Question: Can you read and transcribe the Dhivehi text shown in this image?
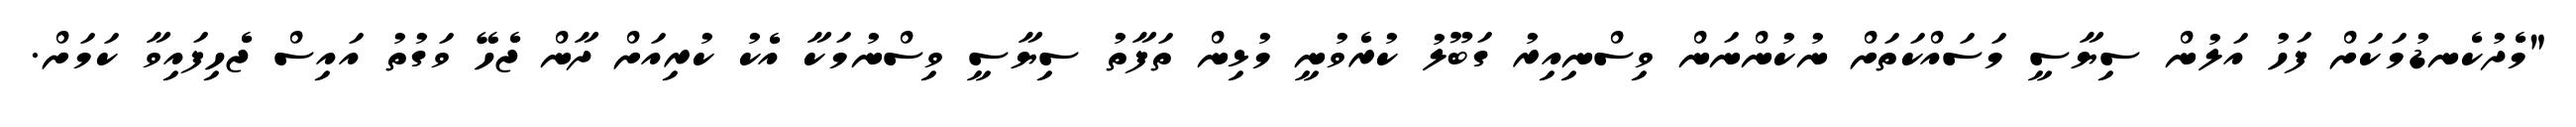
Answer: "މެދުކެނޑުމަކަށް ފަހު އަލުން ސިޔާސީ މަސައްކަތަށް ނުކުންނަން ވިސްނިއިރު ގަބޫލު ކުރެވުނީ މުޅިން ތަފާތު ސިޔާސީ ވިސްނުމަކާ އެކު ކުރިއަށް ދާން ޖެހޭ ވަގުތު އައިސް ޖެހިފައިވާ ކަމަށް.